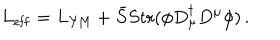
LaTeX: L _ { \mathrm { e f f } } = L _ { \mathrm { Y M } } + \bar { S } S \mathrm { t r } ( \phi D _ { \mu } ^ { \dagger } D ^ { \mu } \phi ) \, .